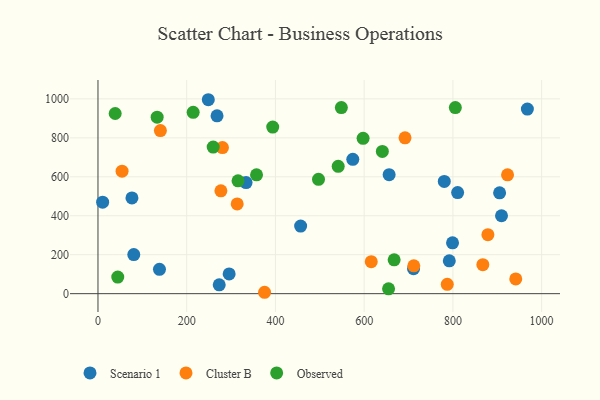
{"axis": {"x": "Engine Size", "y": "Profit"}, "legend": ["Cluster B", "Observed", "Scenario 1"], "data": [{"x": "295.7", "y": 101.2, "type": "Scenario 1"}, {"x": "656.3", "y": 610.9, "type": "Scenario 1"}, {"x": "76.6", "y": 491.7, "type": "Scenario 1"}, {"x": "905.3", "y": 517.7, "type": "Scenario 1"}, {"x": "810.7", "y": 518.8, "type": "Scenario 1"}, {"x": "791.9", "y": 168.6, "type": "Scenario 1"}, {"x": "799.2", "y": 260.9, "type": "Scenario 1"}, {"x": "138.6", "y": 124.9, "type": "Scenario 1"}, {"x": "967.9", "y": 947.4, "type": "Scenario 1"}, {"x": "456.8", "y": 347.1, "type": "Scenario 1"}, {"x": "711.3", "y": 128.0, "type": "Scenario 1"}, {"x": "909.6", "y": 400.0, "type": "Scenario 1"}, {"x": "248.7", "y": 995.6, "type": "Scenario 1"}, {"x": "80.7", "y": 200.8, "type": "Scenario 1"}, {"x": "268.4", "y": 913.1, "type": "Scenario 1"}, {"x": "273.3", "y": 45.3, "type": "Scenario 1"}, {"x": "333.8", "y": 570.4, "type": "Scenario 1"}, {"x": "10.5", "y": 469.4, "type": "Scenario 1"}, {"x": "780.6", "y": 576.0, "type": "Scenario 1"}, {"x": "574.4", "y": 689.7, "type": "Scenario 1"}, {"x": "923.2", "y": 610.2, "type": "Cluster B"}, {"x": "375.5", "y": 7.1, "type": "Cluster B"}, {"x": "54.3", "y": 628.6, "type": "Cluster B"}, {"x": "878.9", "y": 303.0, "type": "Cluster B"}, {"x": "787.3", "y": 47.8, "type": "Cluster B"}, {"x": "140.7", "y": 837.3, "type": "Cluster B"}, {"x": "711.9", "y": 143.0, "type": "Cluster B"}, {"x": "277.1", "y": 527.7, "type": "Cluster B"}, {"x": "941.7", "y": 75.8, "type": "Cluster B"}, {"x": "280.6", "y": 750.1, "type": "Cluster B"}, {"x": "867.5", "y": 148.9, "type": "Cluster B"}, {"x": "313.8", "y": 460.8, "type": "Cluster B"}, {"x": "692.1", "y": 800.1, "type": "Cluster B"}, {"x": "616.0", "y": 164.1, "type": "Cluster B"}, {"x": "44.6", "y": 85.2, "type": "Observed"}, {"x": "357.4", "y": 610.0, "type": "Observed"}, {"x": "393.9", "y": 855.1, "type": "Observed"}, {"x": "214.6", "y": 930.9, "type": "Observed"}, {"x": "548.6", "y": 955.4, "type": "Observed"}, {"x": "497.1", "y": 587.2, "type": "Observed"}, {"x": "259.7", "y": 752.3, "type": "Observed"}, {"x": "133.4", "y": 906.0, "type": "Observed"}, {"x": "805.5", "y": 955.4, "type": "Observed"}, {"x": "655.0", "y": 24.8, "type": "Observed"}, {"x": "541.5", "y": 653.7, "type": "Observed"}, {"x": "641.0", "y": 730.3, "type": "Observed"}, {"x": "315.7", "y": 579.5, "type": "Observed"}, {"x": "667.6", "y": 173.7, "type": "Observed"}, {"x": "597.6", "y": 797.2, "type": "Observed"}, {"x": "38.8", "y": 924.9, "type": "Observed"}]}